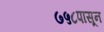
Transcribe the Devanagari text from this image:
७५८पासून